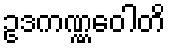
ဥဒကဏ္ဏဝေါတိ